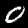
Digit: 0